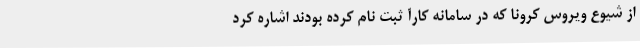
از شیوع ویروس کرونا که در سامانه کارآ ثبت نام کرده بودند اشاره کرد